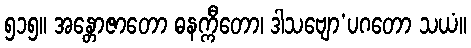
၅၁၅။ အန္တောဇာတော ဓနက္ကီတော၊ ဒါသဗျော’ပဂတော သယံ။